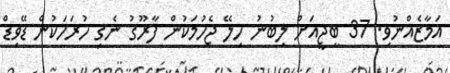
އަމާޒެއްނުވި. 37 ބީޖީއަށް ލިބުނު ހިލޭ ޖެހުމަކުން ފާރޫގު ނެގި ހުރަހަކުން ޑޭވިޑް